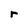
Character: r